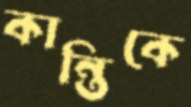
কান্তিকে